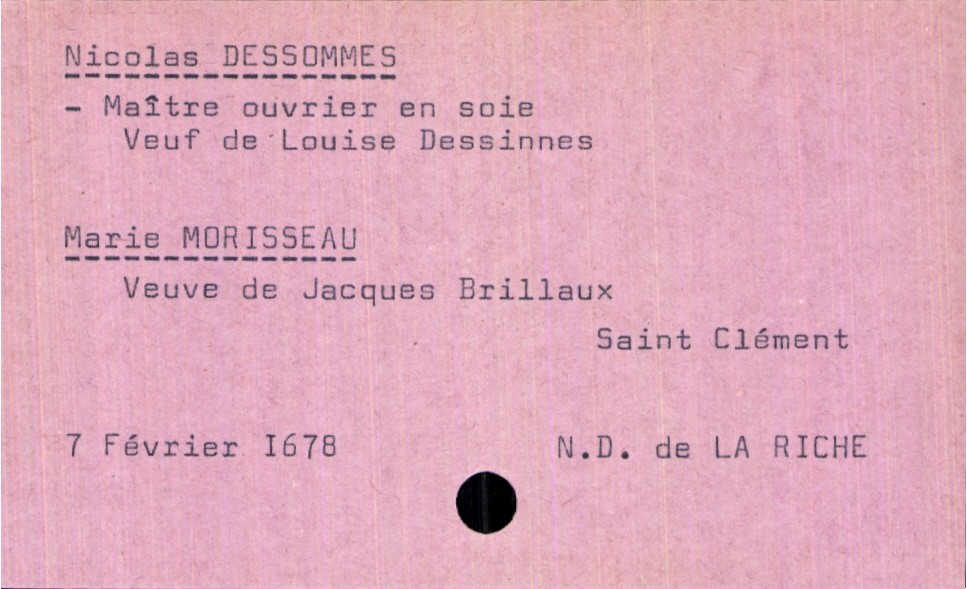
type_acte: Mariage
année: 1678
mois: février
jour: 7
paroisse: Notre Dame de La Riche
marié_nom: Dessommes
marié_prénom: Nicolas
marié_profession: maître ouvrier en soie
marié_statut: veuf
mariée_nom: Morisseau
mariée_prénom: Marie
mariée_lieu_de_naissance: Saint Clément
mariée_statut: veuve